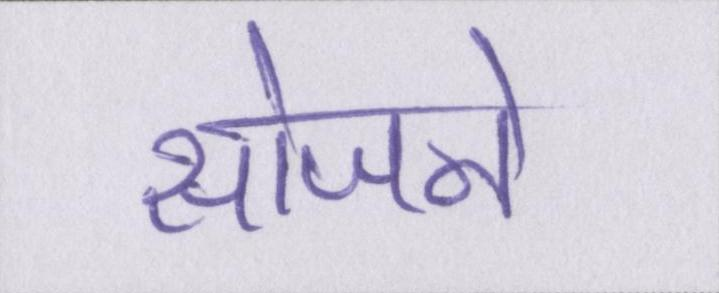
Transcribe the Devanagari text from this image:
सोजने